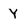
Character: Y